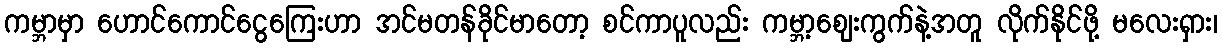
ကမ္ဘာမှာ ဟောင်ကောင်ငွေကြေးဟာ အင်မတန်ခိုင်မာတော့ စင်ကာပူလည်း ကမ္ဘာ့ဈေးကွက်နဲ့အတူ လိုက်နိုင်ဖို့ မလေးရှား၊